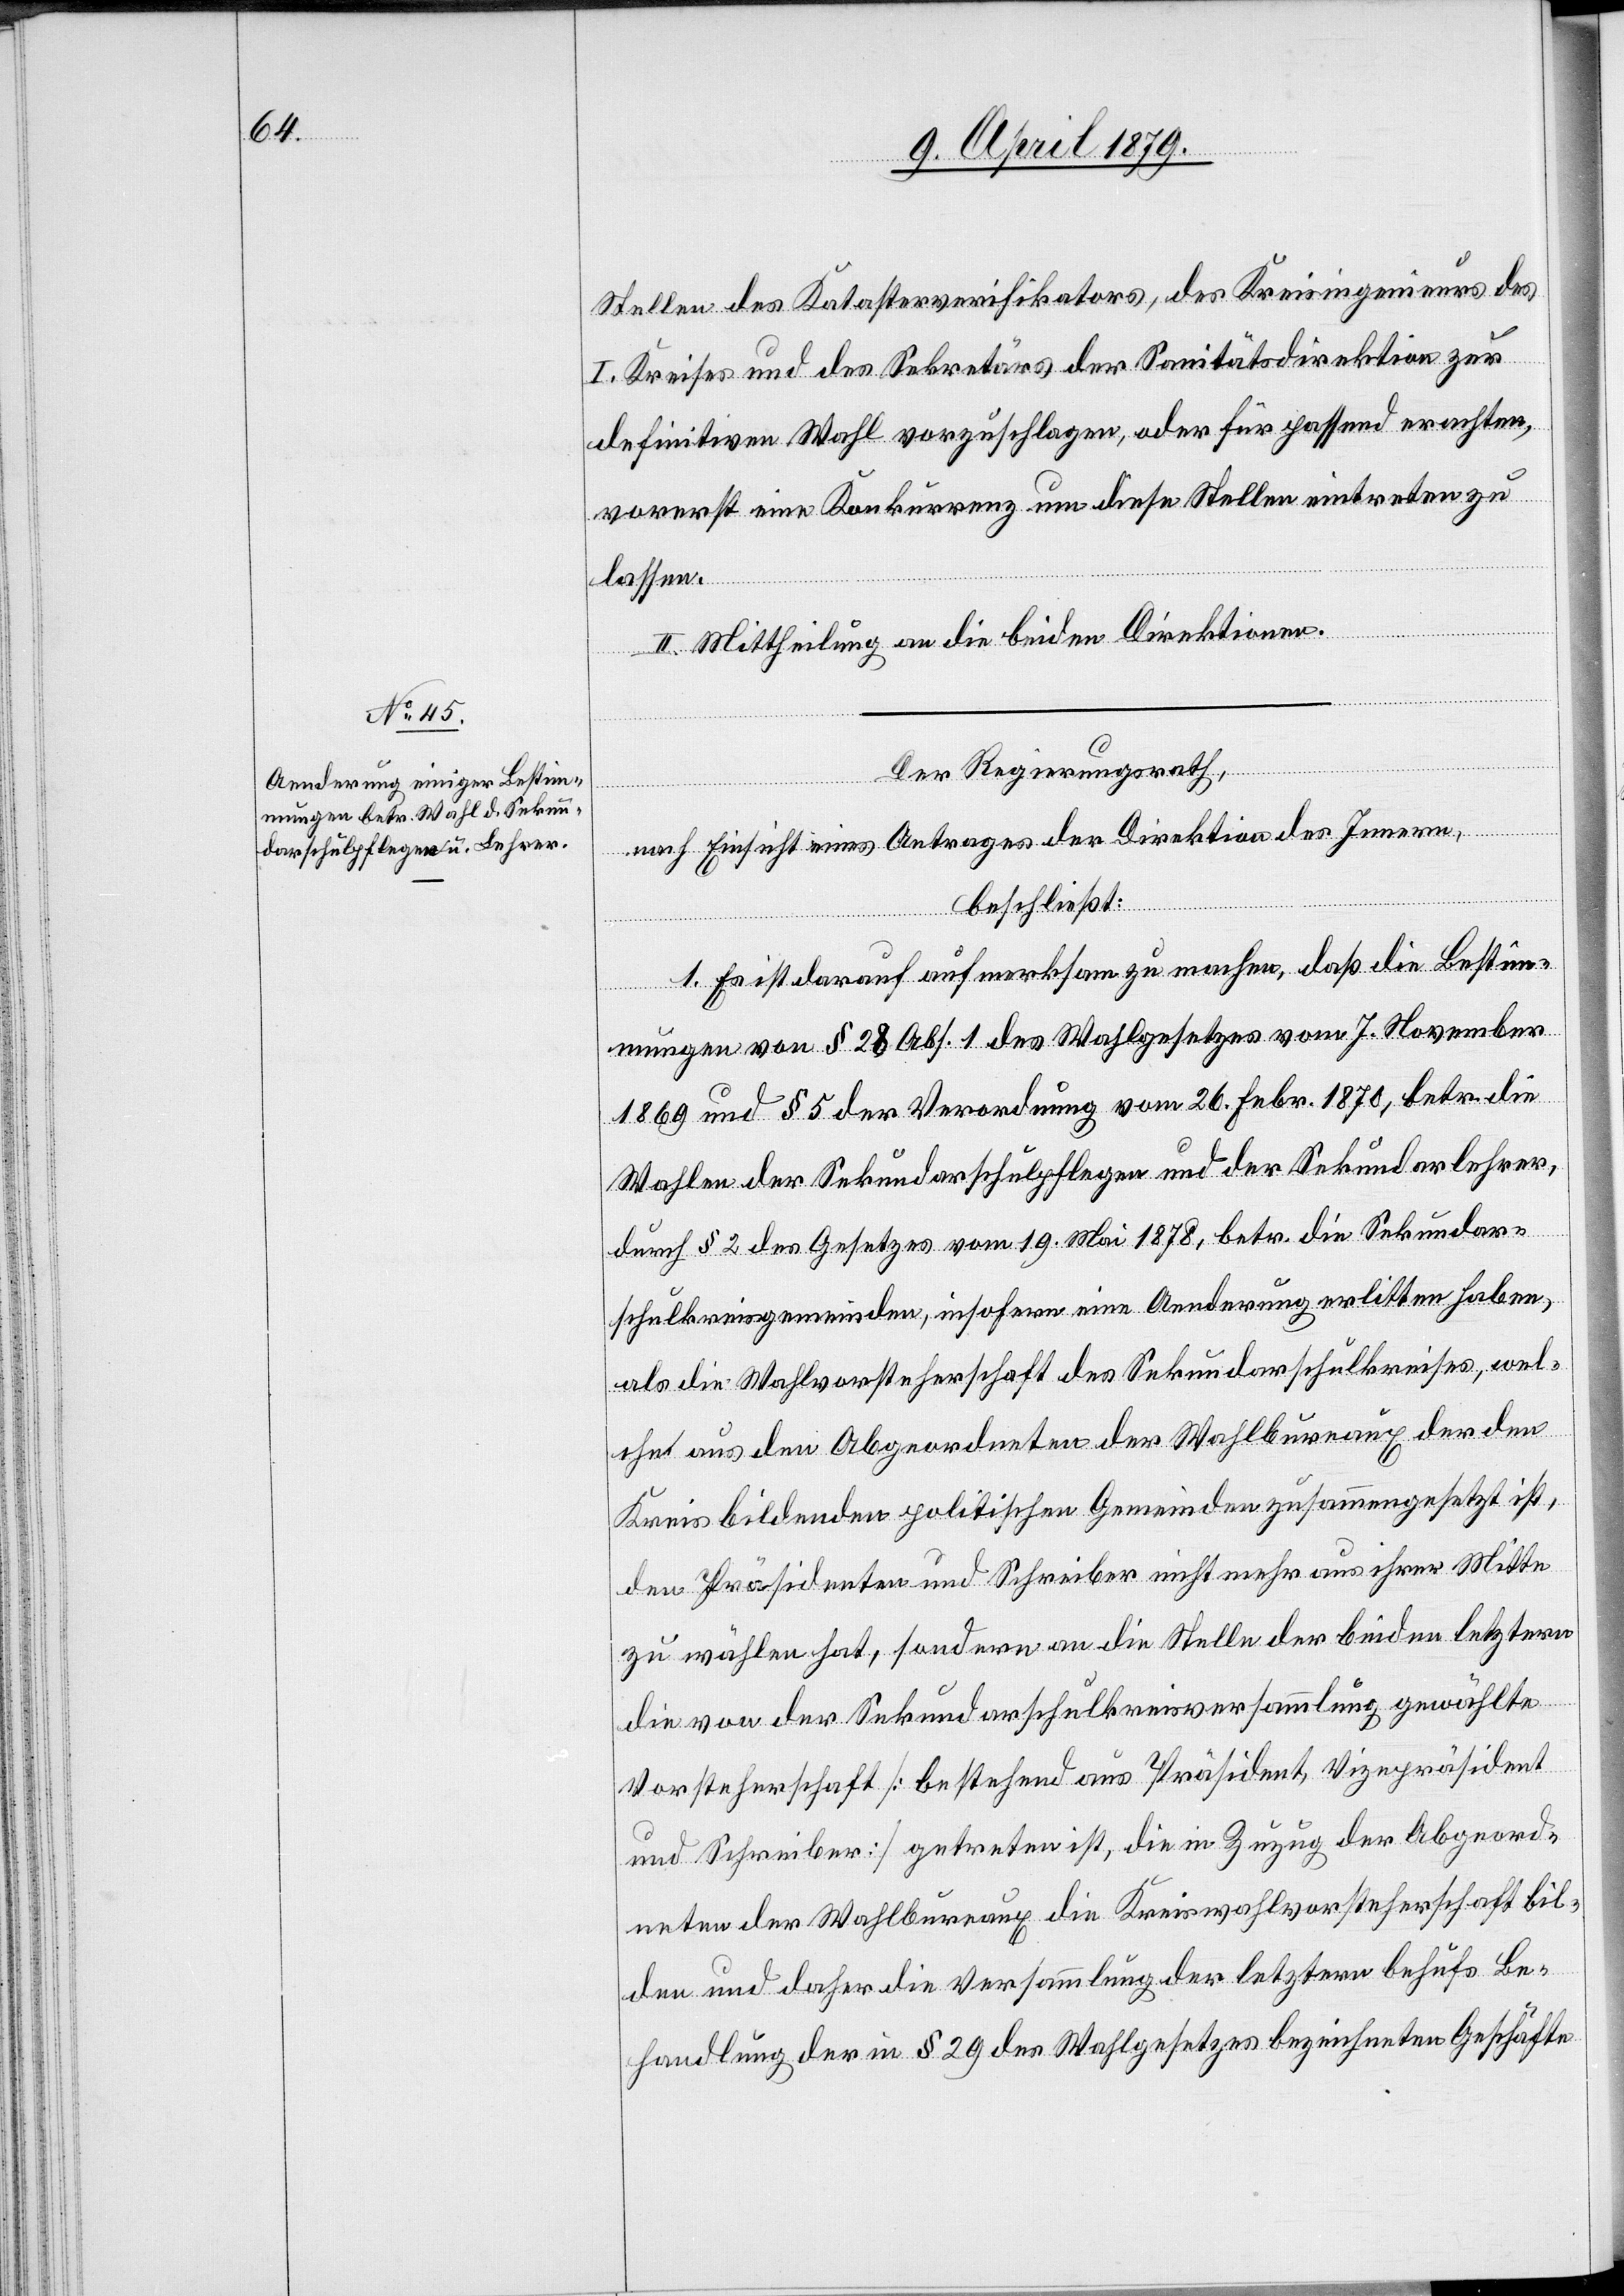
Stellen des Katasterverfikators, des Kreisingenieurs des
I. Kreises und des Sekretärs der Sanitätsdirektion zur
definitiven Wahl vorzuschlagen, oder für passend erachten,
vorerst eine Konkurrenz um diese Stellen eintreten zu
lassen.
II. Mittheilung an die beiden Direktionen.
Der Regierungsrath,
nach Einsicht eines Antrages der Direktion des Innern,
beschließt:
1. Es ist darauf aufmerksam zu machen, daß die Bestim¬
mungen von § 28 Abs. 1 des Wahlgesetzes vom 7. November
1869 und § 5 der Verordnung vom 26. Febr. 1870, betr. die
Wahlen der Sekundarschulpflegen und der Sekundarlehrer,
durch § 2 des Gesetzes vom 19. Mai 1878, betr. die Sekundar¬
schulkreisgemeinden, insofern eine Aenderung erlitten haben,
als die Wahlvorsteherschaft des Sekundarschulkreises, wel¬
che aus den Abgeordneten der Wahlbureaux der den
Kreis bildenden politischen Gemeinden zusammengesetzt ist,
den Präsidenten und Schreiber nicht mehr aus ihrer Mitte
zu wählen hat, sondern an die Stelle der beiden letztern
die von der Sekundarschulkreisversammlung gewählte
Vorsteherschaft [bestehend aus Präsident, Vizepräsident
und Schreiber] getreten ist, die in Zuzug der Abgeord¬
neten der Wahlbureaux die Kreiswahlvorsteherschaft bil¬
den und daher die Versammlung der letztern behufs Be¬
handlung der in § 29 des Wahlgesetzes bezeichneten Geschäfte